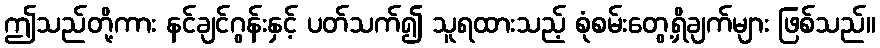
ဤသည်တို့ကား နင်ချင်ဂွန်းနှင့် ပတ်သက်၍ သူရထားသည့် စုံစမ်းတွေ့ရှိချက်များ ဖြစ်သည်။